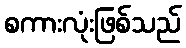
စကားလုံးဖြစ်သည်